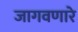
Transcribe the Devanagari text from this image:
जागवणारे